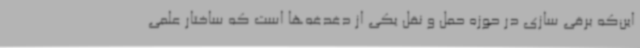
این‌که برقی سازی در حوزه حمل و نقل یکی از دغدغه‌ها است که ساختار علمی